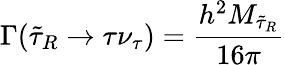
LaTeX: \Gamma(\tilde{\tau}_{R}\rightarrow\tau\nu_{\tau})=\frac{h^{2}M_{\tilde{\tau}_{R}}}{16\pi}